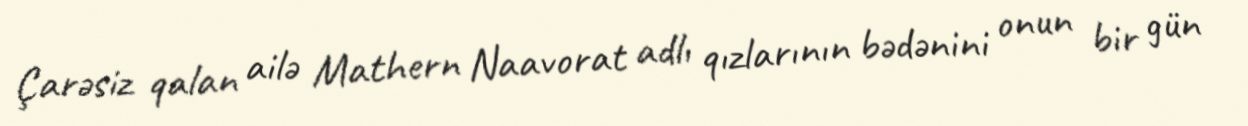
Çarəsiz qalan ailə Mathern Naavorat adlı qızlarının bədənini onun bir gün